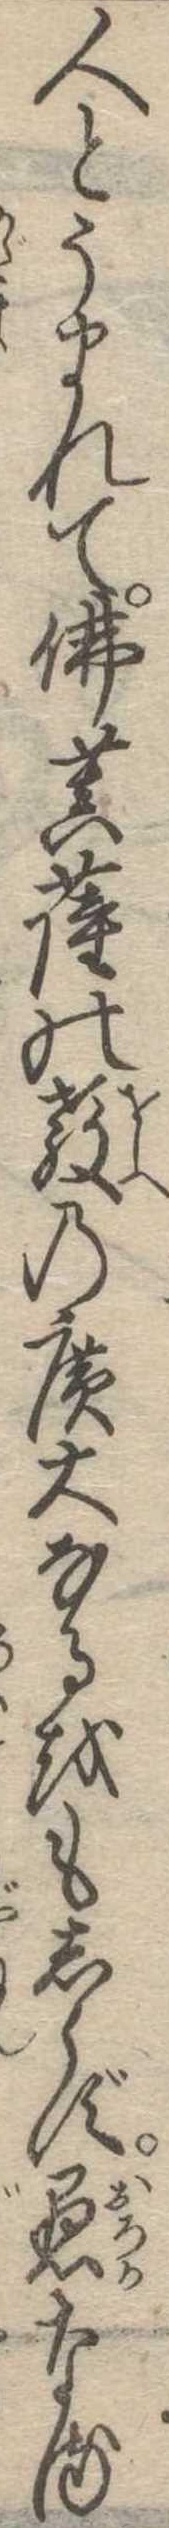
人とうまれて仏菩薩の教の広大なるをもしらず愚なる